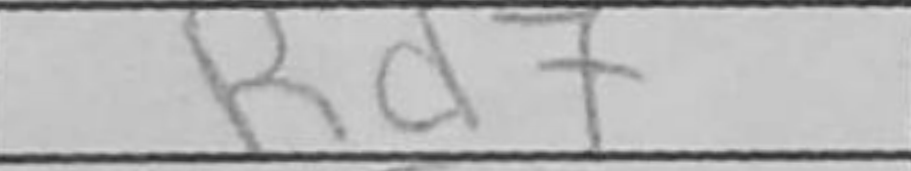
Transcription: Rd7